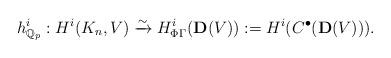
LaTeX: \begin{align*}h^i_{\mathbb{Q}_p} : H^i(K_n, V) \xrightarrow{\sim} H^i_{\Phi\Gamma}(\mathbf{D}(V)):=H^i(C^{\bullet}(\mathbf{D}(V))).\end{align*}